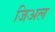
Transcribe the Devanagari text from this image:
जिअल